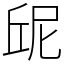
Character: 屔